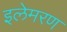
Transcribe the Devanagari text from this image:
इलेमरण